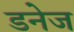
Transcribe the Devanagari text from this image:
डनेज